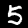
Digit: 5